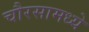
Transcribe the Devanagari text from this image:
चौरसामध्ये